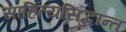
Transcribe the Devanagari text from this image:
साहित्यसिद्धान्त